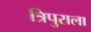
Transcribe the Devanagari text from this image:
त्रिपुराला